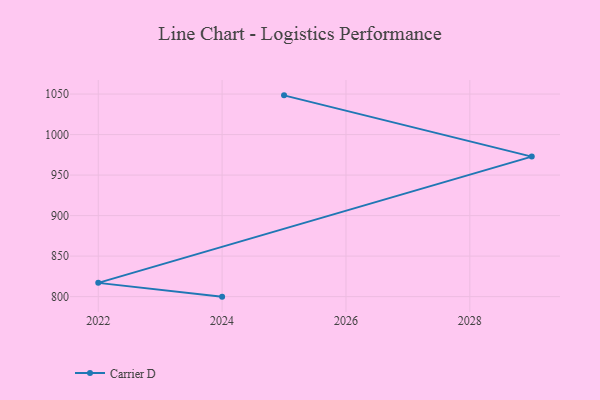
{"axis": {"x": "Year", "y": "Conversion Rate (%)"}, "legend": ["Carrier D"], "data": [{"x": "2025", "y": 1048.4, "type": "Carrier D"}, {"x": "2029", "y": 972.8, "type": "Carrier D"}, {"x": "2022", "y": 817.0, "type": "Carrier D"}, {"x": "2024", "y": 800, "type": "Carrier D"}]}